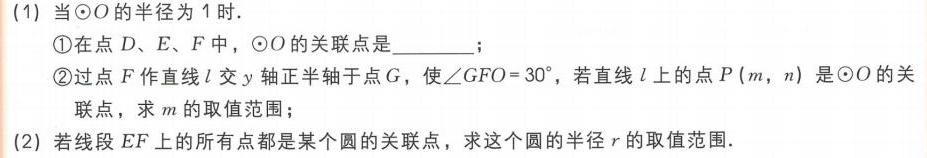
(1) 当\(\odot O\)的半径为 1 时.
    \textcircled{1}在点 \(D、E、F\) 中，\(\odot O\)的关联点是______.
    \textcircled{2}过点 \(F\) 作直线 \(l\) 交 \(y\) 轴正半轴于点 \(G\)，使\(\angle GFO = 30^{\circ}\)，若直线 \(l\) 上的点 \(P(m,n)\) 是\(\odot O\)的关联点，求 \(m\) 的取值范围；
(2) 若线段 \(EF\) 上的所有点都是某个圆的关联点，求这个圆的半径 \(r\) 的取值范围.